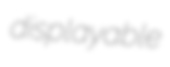
displayable